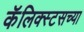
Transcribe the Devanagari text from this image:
कॅलिक्स्टसच्या